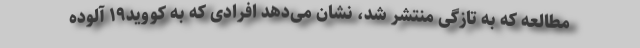
مطالعه که به تازگی منتشر شد، نشان می‌دهد افرادی که به کووید۱۹ آلوده